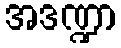
အဒဏ္ဍာ